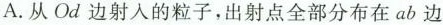
A.从Od边射入的粒子，出射点全部分布在ab边